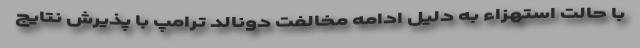
با حالت استهزاء به دلیل ادامه مخالفت دونالد ترامپ با پذیرش نتایج